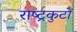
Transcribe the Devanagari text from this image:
राष्‍ट्रकुटों